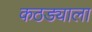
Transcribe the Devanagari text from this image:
कठड्याला